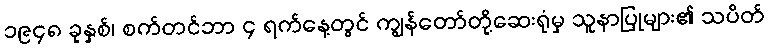
၁၉၄၈ ခုနှစ်၊ စက်တင်ဘာ ၄ ရက်နေ့တွင် ကျွန်တော်တို့ဆေးရုံမှ သူနာပြုများ၏ သပိတ်